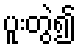
ပူးတွဲ၍